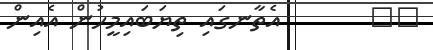
٧٣       އެތާނގައި ތިޔަބައިމީހުން އެއިން